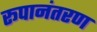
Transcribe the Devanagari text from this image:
रूपानंतरण